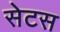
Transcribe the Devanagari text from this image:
सेटस